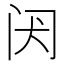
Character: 𬮝